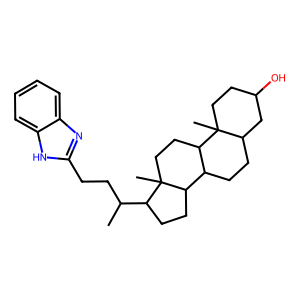
SMILES: CC(CCc1nc2ccccc2[nH]1)C1CCC2C3CCC4CC(O)CCC4(C)C3CCC12C
Inhibits HIV replication: No